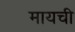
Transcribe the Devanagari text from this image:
मायची